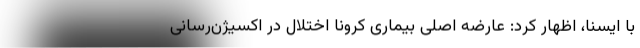
با ایسنا، اظهار کرد: عارضه اصلی بیماری کرونا اختلال در اکسیژن‌رسانی